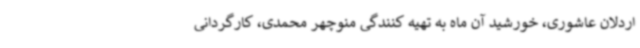
اردلان عاشوری، خورشید آن ماه به تهیه کنندگی منوچهر محمدی، کارگردانی